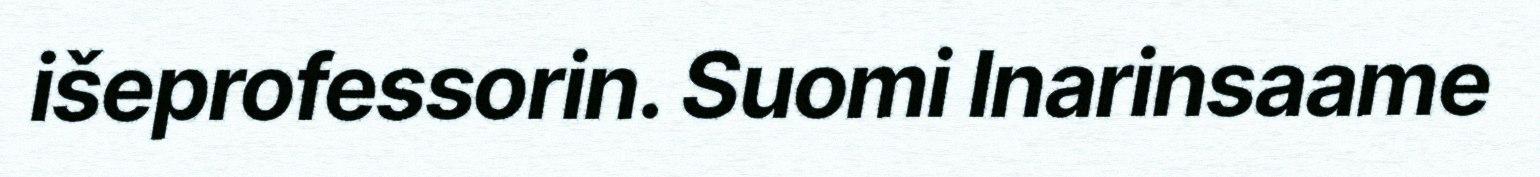
išeprofessorin. Suomi Inarinsaame